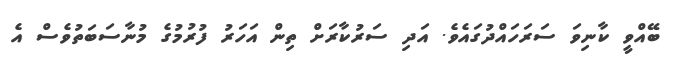
ބޭއްވީ ކާނިވަ ސަރަހައްދުގައެވެ. އަދި ސަރުކާރަށް ތިން އަހަރު ފުރުމުގެ މުނާސަބަތުވެސް އެ